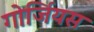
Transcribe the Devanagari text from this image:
गोर्जियस